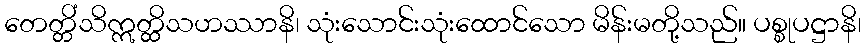
တေတ္တိံသိဣတ္ထိသဟဿာနိ၊ သုံးသောင်းသုံးထောင်သော မိန်းမတို့သည်။ ပစ္စုပဋ္ဌာနိ၊